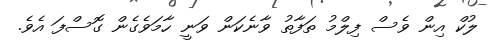
ލުކް އިން ވެސް ފިލްމު ތަފާތު ވާނެކަން ވަނީ ހާމަވެގެން ގޮސްފަ އެވެ.